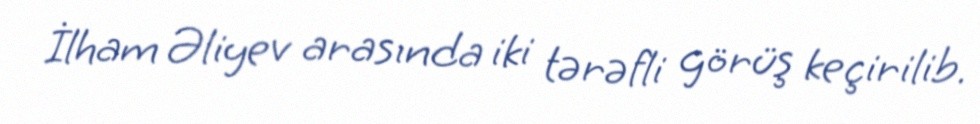
İlham Əliyev arasında iki tərəfli görüş keçirilib.